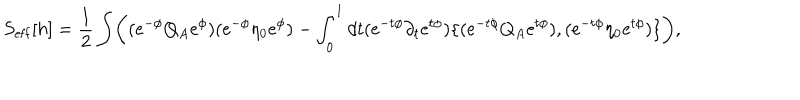
LaTeX: S _ { \mathrm { e f f } } [ h ] = { \frac { 1 } { 2 } } \int \biggl ( ( \mathrm { e } ^ { - \phi } Q _ { A } \mathrm { e } ^ { \phi } ) ( \mathrm { e } ^ { - \phi } \eta _ { 0 } \mathrm { e } ^ { \phi } ) - \int _ { 0 } ^ { 1 } d t ( \mathrm { e } ^ { - t \phi } \partial _ { t } \mathrm { e } ^ { t \phi } ) \{ ( \mathrm { e } ^ { - t \phi } Q _ { A } \mathrm { e } ^ { t \phi } ) , ( \mathrm { e } ^ { - t \phi } \eta _ { 0 } \mathrm { e } ^ { t \phi } ) \} \biggr ) ,